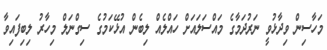
މަހާސިން ވިދާޅުވީ ނަރުދަމާގެ މައްސަލައަށް ހައްލެއް ލިބެން އުޅޭކަމުގެ ސިގްނަލް މިހާރު ލިބިފައިވާ